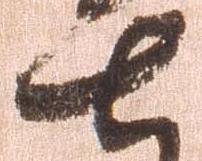
七